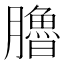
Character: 𦢞